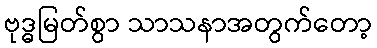
ဗုဒ္ဓမြတ်စွာ သာသနာအတွက်တော့